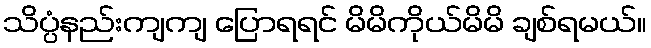
သိပ္ပံနည်းကျကျ ပြောရရင် မိမိကိုယ်မိမိ ချစ်ရမယ်။